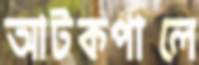
আটকপালে